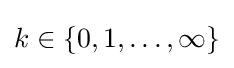
k\in \{0,1,\ldots ,\infty \}